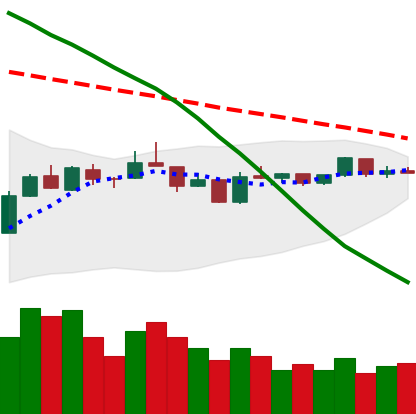
Ticker: EOS-USD
Chart end date: 2019-01-05
Forward return: -9.755%
Label: down_7plus